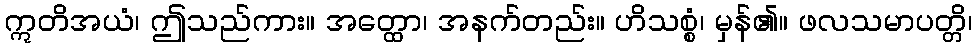
ဣတိအယံ၊ ဤသည်ကား။ အတ္ထော၊ အနက်တည်း။ ဟိသစ္စံ၊ မှန်၏။ ဖလသမာပတ္တိ၊